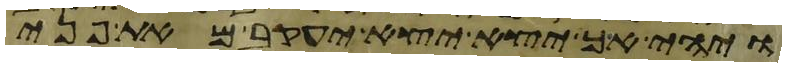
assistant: ויהי אך יצא יצא יעקב מאת פני